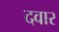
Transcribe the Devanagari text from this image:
दवार